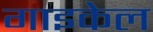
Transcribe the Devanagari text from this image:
गाइकेल